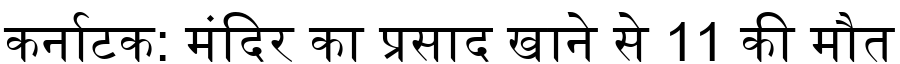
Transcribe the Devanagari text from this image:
कर्नाटक: मंदिर का प्रसाद खाने से 11 की मौत